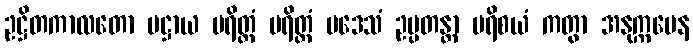
ဥဋ္ဌိတကာလတော ပဋ္ဌာယ ပရိတ္တံ ပရိတ္တံ ပဒေသံ ဥပ္ပတန္တာ ပရိစယံ ကတွာ အနုက္ကမေန